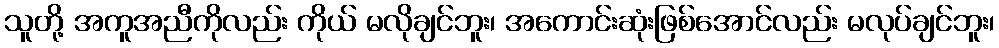
သူတို့ အကူအညီကိုလည်း ကိုယ် မလိုချင်ဘူး၊ အကောင်းဆုံးဖြစ်အောင်လည်း မလုပ်ချင်ဘူး၊